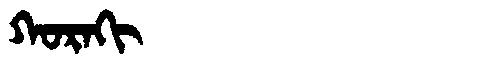
Manchu: ᡴᠣᡵᠠᡴᡳ
Romanization: KORAKI